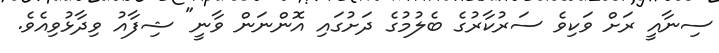
ސިނާއީ ރަށް ވަކިވެ ސަރުކާރުގެ ބެލުމުގެ ދަށުގައި އޮންނަން ވާނީ" ޝިފާއު ވިދާޅުވިއެވެ.